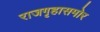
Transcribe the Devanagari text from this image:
राजगृहासमोर